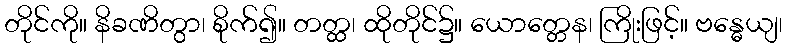
တိုင်ကို။ နိခဏိတွာ၊ စိုက်၍။ တတ္ထ၊ ထိုတိုင်၌။ ယောတ္တေန၊ ကြိုးဖြင့်။ ဗန္ဓေယျ၊